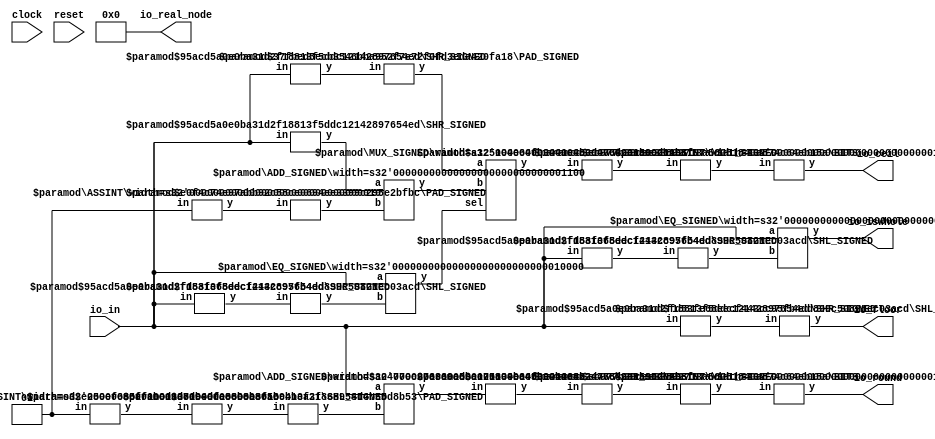
module FixedRing1(
    input clock,
    input reset,
    input [15:0] io_in,
    output [15:0] io_floor,
    output [15:0] io_ceil,
    output io_isWhole,
    output [15:0] io_round,
    output [63:0] io_real_node
);
    wire [11:0] _T_9;
    SHR_SIGNED #(.width(16), .n(4)) s_shr_1 (
        .y(_T_9),
        .in(io_in)
    );
    wire [15:0] _node_0;
    SHL_SIGNED #(.width(12), .n(4)) s_shl_2 (
        .y(_node_0),
        .in(_T_9)
    );
    wire [11:0] _T_11;
    SHR_SIGNED #(.width(16), .n(4)) s_shr_3 (
        .y(_T_11),
        .in(io_in)
    );
    wire [15:0] _node_1;
    SHL_SIGNED #(.width(12), .n(4)) s_shl_4 (
        .y(_node_1),
        .in(_T_11)
    );
    wire _T_12;
    EQ_SIGNED #(.width(16)) s_eq_5 (
        .y(_T_12),
        .a(io_in),
        .b(_node_1)
    );
    wire [11:0] _T_14;
    SHR_SIGNED #(.width(16), .n(4)) s_shr_6 (
        .y(_T_14),
        .in(io_in)
    );
    wire [11:0] _T_15;
    SHR_SIGNED #(.width(16), .n(4)) s_shr_7 (
        .y(_T_15),
        .in(io_in)
    );
    wire [1:0] _node_2;
    ASSINT #(.width(2)) assint_8 (
        .y(_node_2),
        .in(2'h1)
    );
    wire [12:0] _T_17;
    wire [11:0] _WTEMP_0;
    PAD_SIGNED #(.width(2), .n(12)) s_pad_9 (
        .y(_WTEMP_0),
        .in(_node_2)
    );
    ADD_SIGNED #(.width(12)) s_add_10 (
        .y(_T_17),
        .a(_T_15),
        .b(_WTEMP_0)
    );
    wire [12:0] _T_20;
    wire [12:0] _WTEMP_1;
    PAD_SIGNED #(.width(12), .n(13)) s_pad_11 (
        .y(_WTEMP_1),
        .in(_T_14)
    );
    MUX_SIGNED #(.width(13)) s_mux_12 (
        .y(_T_20),
        .sel(_T_12),
        .a(_WTEMP_1),
        .b(_T_17)
    );
    wire [16:0] _node_3;
    SHL_SIGNED #(.width(13), .n(4)) s_shl_13 (
        .y(_node_3),
        .in(_T_20)
    );
    wire [11:0] _T_21;
    SHR_SIGNED #(.width(16), .n(4)) s_shr_14 (
        .y(_T_21),
        .in(io_in)
    );
    wire [15:0] _node_4;
    SHL_SIGNED #(.width(12), .n(4)) s_shl_15 (
        .y(_node_4),
        .in(_T_21)
    );
    wire _T_22;
    EQ_SIGNED #(.width(16)) s_eq_16 (
        .y(_T_22),
        .a(io_in),
        .b(_node_4)
    );
    wire [1:0] _node_5;
    ASSINT #(.width(2)) assint_17 (
        .y(_node_5),
        .in(2'h1)
    );
    wire [4:0] _node_6;
    SHL_SIGNED #(.width(2), .n(3)) s_shl_18 (
        .y(_node_6),
        .in(_node_5)
    );
    wire [16:0] _T_24;
    wire [15:0] _WTEMP_2;
    PAD_SIGNED #(.width(5), .n(16)) s_pad_19 (
        .y(_WTEMP_2),
        .in(_node_6)
    );
    ADD_SIGNED #(.width(16)) s_add_20 (
        .y(_T_24),
        .a(io_in),
        .b(_WTEMP_2)
    );
    wire [12:0] _T_26;
    SHR_SIGNED #(.width(17), .n(4)) s_shr_21 (
        .y(_T_26),
        .in(_T_24)
    );
    wire [16:0] _node_7;
    SHL_SIGNED #(.width(13), .n(4)) s_shl_22 (
        .y(_node_7),
        .in(_T_26)
    );
    wire [15:0] _WTEMP_3;
    BITS #(.width(17), .high(15), .low(0)) bits_23 (
        .y(_WTEMP_3),
        .in(_node_3)
    );
    ASSINT #(.width(16)) assint_24 (
        .y(io_ceil),
        .in(_WTEMP_3)
    );
    assign io_floor = _node_0;
    assign io_isWhole = _T_22;
    assign io_real_node = 64'h0;
    wire [15:0] _WTEMP_4;
    BITS #(.width(17), .high(15), .low(0)) bits_25 (
        .y(_WTEMP_4),
        .in(_node_7)
    );
    ASSINT #(.width(16)) assint_26 (
        .y(io_round),
        .in(_WTEMP_4)
    );
endmodule //FixedRing1
module SHR_SIGNED(y, in);
    parameter width = 4;
    parameter n = 2;
    output [(n < width ? (width-n-1) : 0):0] y;
    input [width-1:0] in;
    assign y = n < width ? in[width-1:n] : in[width-1:width-1];
endmodule // SHR_SIGNED
module SHL_SIGNED(y, in);
    parameter width = 4;
    parameter n = 4;
    output [width+n-1:0] y;
    input [width-1:0] in;
    wire [width+n-1:0] temp;
    assign temp = {{n{in[width-1]}}, in};
    assign y = $signed(temp) << n;
endmodule // SHL_SIGNED
module EQ_SIGNED(y, a, b);
    parameter width = 4;
    output y;
    input [width-1:0] a;
    input [width-1:0] b;
    assign y = $signed(a) == $signed(b);
endmodule // EQ_SIGNED
module ASSINT(y, in);
    parameter width = 4;
    output [width-1:0] y;
    input [width-1:0] in;
    assign y = $signed(in);
endmodule // ASSINT
module PAD_SIGNED(y, in);
    parameter width = 4;
    parameter n = 4;
    output [(n > width ? n : width)-1:0] y;
    input [width-1:0] in;
    assign y = n > width ? {{(n - width){in[width-1]}}, in} : in;
endmodule // PAD_SIGNED
module ADD_SIGNED(y, a, b);
    parameter width = 4;
    output [width:0] y;
    input [width-1:0] a;
    input [width-1:0] b;
    assign y = $signed(a) + $signed(b);
endmodule // ADD_SIGNED
module MUX_SIGNED(y, sel, a, b);
    parameter width = 4;
    output [width-1:0] y;
    input sel;
    input [width-1:0] a;
    input [width-1:0] b;
    assign y = sel ? $signed(a) : $signed(b);
endmodule // MUX_SIGNED
module BITS(y, in);
    parameter width = 4;
    parameter high = 2;
    parameter low = 0;
    output [high-low:0] y;
    input [width-1:0] in;
    assign y = in[high:low];
endmodule // BITS